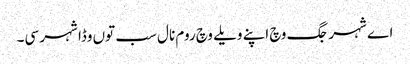
اے شہر جگ وچ اپنے ویلے وچ روم نال سب توں وڈا شہر سی۔